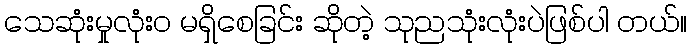
သေဆုံးမှုလုံး၀ မရှိစေခြင်း ဆိုတဲ့ သုညသုံးလုံးပဲဖြစ်ပါ တယ်။